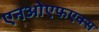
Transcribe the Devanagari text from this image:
एनओएफएक्स